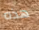
هذه